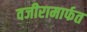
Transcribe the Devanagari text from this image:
वजीरामार्फत